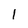
Character: 1